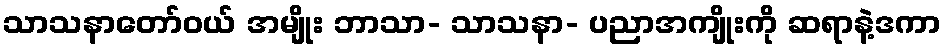
သာသနာတော်ဝယ် အမျိုး ဘာသာ- သာသနာ- ပညာအကျိုးကို ဆရာနဲ့ဒကာ